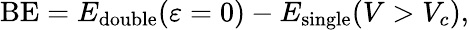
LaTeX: \textrm{BE}=E_{\textrm{double}}(\varepsilon=0)-E_{\textrm{single}}(V>V_{c}),